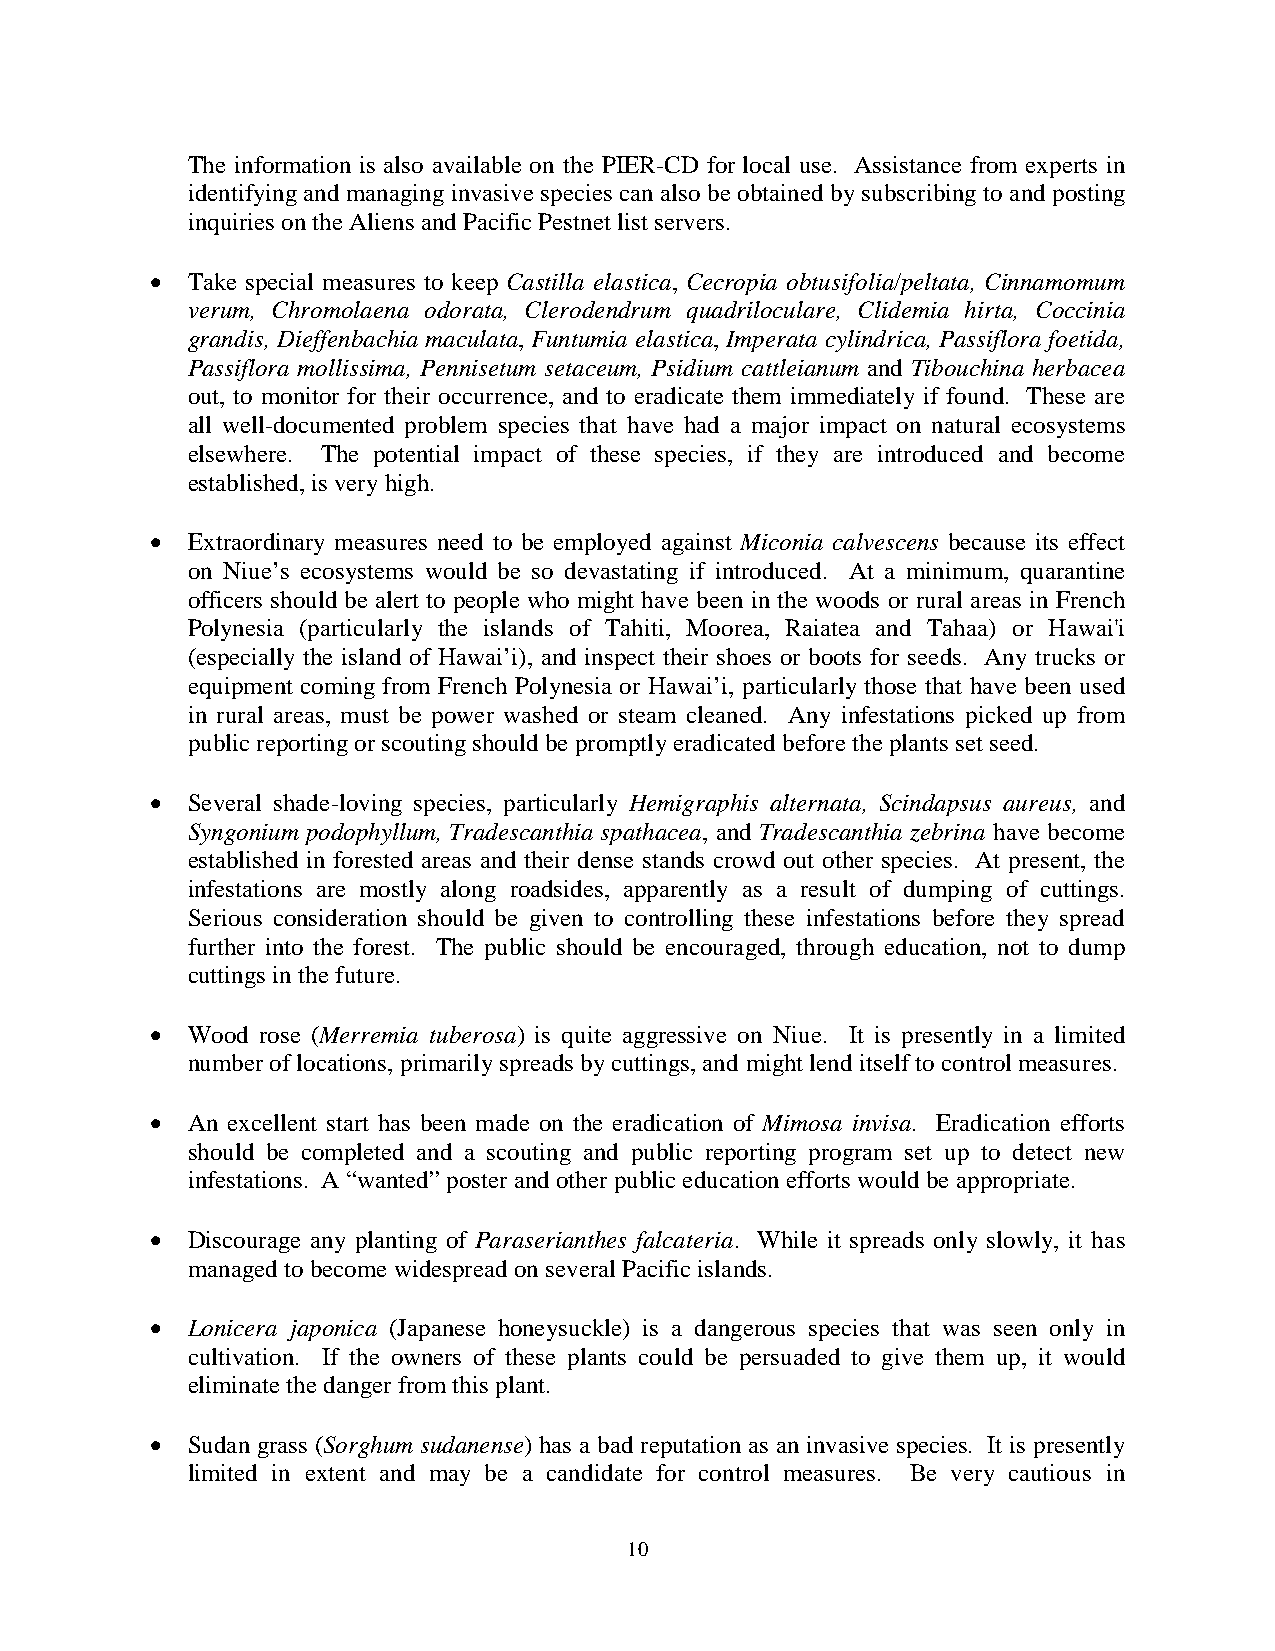
The information is also available on the PIER-CD for local use. Assistance from experts in
 identifying and managing invasive species can also be obtained by subscribing to and posting
 inquiries on the Aliens and Pacific Pestnet list servers.
 • Take special measures to keep Castilla elastica, Cecropia obtusifolia/peltata, Cinnamomum
 verum, Chromolaena odorata, Clerodendrum quadriloculare, Clidemia hirta, Coccinia
 grandis, Dieffenbachia maculata, Funtumia elastica, Imperata cylindrica, Passiflora foetida,
 Passiflora mollissima, Pennisetum setaceum, Psidium cattleianum and Tibouchina herbacea
 out, to monitor for their occurrence, and to eradicate them immediately if found. These are
 all well-documented problem species that have had a major impact on natural ecosystems
 elsewhere. The potential impact of these species, if they are introduced and become
 established, is very high.
 • Extraordinary measures need to be employed against Miconia calvescens because its effect
 on Niue’s ecosystems would be so devastating if introduced. At a minimum, quarantine
 officers should be alert to people who might have been in the woods or rural areas in French
 Polynesia (particularly the islands of Tahiti, Moorea, Raiatea and Tahaa) or Hawai'i
 (especially the island of Hawai’i), and inspect their shoes or boots for seeds. Any trucks or
 equipment coming from French Polynesia or Hawai’i, particularly those that have been used
 in rural areas, must be power washed or steam cleaned. Any infestations picked up from
 public reporting or scouting should be promptly eradicated before the plants set seed.
 • Several shade-loving species, particularly Hemigraphis alternata, Scindapsus aureus, and
 Syngonium podophyllum, Tradescanthia spathacea, and Tradescanthia zebrina have become
 established in forested areas and their dense stands crowd out other species. At present, the
 infestations are mostly along roadsides, apparently as a result of dumping of cuttings.
 Serious consideration should be given to controlling these infestations before they spread
 further into the forest. The public should be encouraged, through education, not to dump
 cuttings in the future.
 • Wood rose (Merremia tuberosa) is quite aggressive on Niue. It is presently in a limited
 number of locations, primarily spreads by cuttings, and might lend itself to control measures.
 • An excellent start has been made on the eradication of Mimosa invisa. Eradication efforts
 should be completed and a scouting and public reporting program set up to detect new
 infestations. A “wanted” poster and other public education efforts would be appropriate.
 • Discourage any planting of Paraserianthes falcateria. While it spreads only slowly, it has
 managed to become widespread on several Pacific islands.
 • Lonicera japonica (Japanese honeysuckle) is a dangerous species that was seen only in
 cultivation. If the owners of these plants could be persuaded to give them up, it would
 eliminate the danger from this plant.
 • Sudan grass (Sorghum sudanense) has a bad reputation as an invasive species. It is presently
 limited in extent and may be a candidate for control measures. Be very cautious in
 10